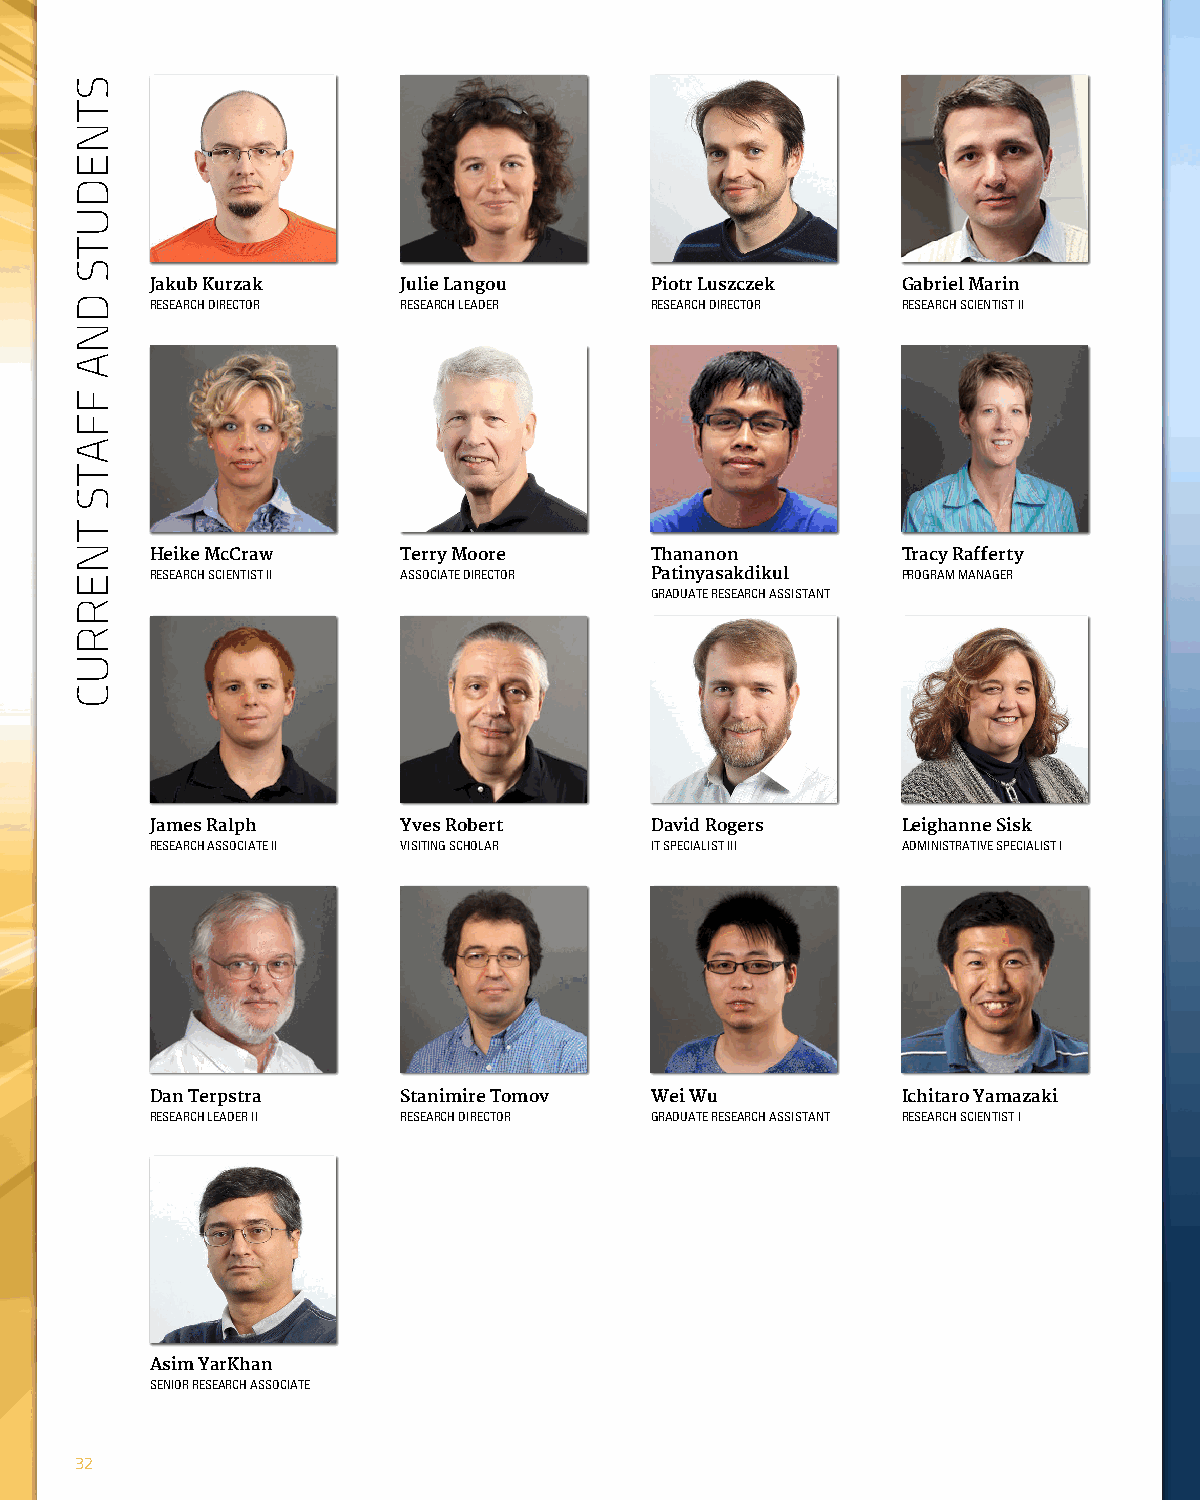
Jakub Kurzak     Julie Langou    Piotr Luszczek   Gabriel Marin
 RESEARCH DIRECTOR RESEARCH LEADER RESEARCH DIRECTOR RESEARCH SCIENTIST II
 Heike McCraw     Terry Moore     Thananon         Tracy Rafferty
 RESEARCH SCIENTIST II ASSOCIATE DIRECTOR Patinyasakdikul PROGRAM MANAGER
 GRADUATE RESEARCH ASSISTANT
 James Ralph      Yves Robert     David Rogers     Leighanne Sisk
 RESEARCH ASSOCIATE II VISITING SCHOLAR IT SPECIALIST III ADMINISTRATIVE SPECIALIST I
 Dan Terpstra     Stanimire Tomov Wei Wu           Ichitaro Yamazaki
 RESEARCH LEADER II RESEARCH DIRECTOR GRADUATE RESEARCH ASSISTANT RESEARCH SCIENTIST I
 Asim YarKhan
 SENIOR RESEARCH ASSOCIATE
 32
 STNEDUTS
 DNA
 FFATS
 TNERRUC